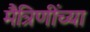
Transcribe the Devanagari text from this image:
मैत्रिणींच्या